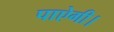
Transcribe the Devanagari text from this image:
पाऐगी।